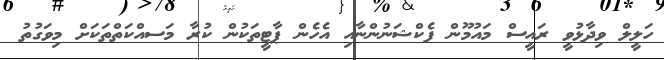
ހަލީލް ވިދާޅުވީ ރައީސް މައުމޫން ފެކްޝަނުންނާއި އެހެން ޕާޓީތަކުން ކުރާ މަސއްކަތްތަކަށް މިވަގުތު